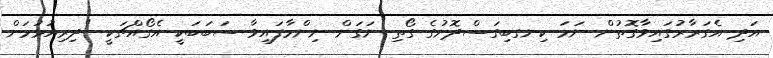
އަދި އެގަރާރުގައިވާގޮތުން ނަމަ ކިނގބިގަސްދޮށުގެ ގޯތި ނަގަން ނިންމާފައިވާ ސަބަބަކީ އެގޯއްޗަކީ "ދިރިއުޅުމަށް